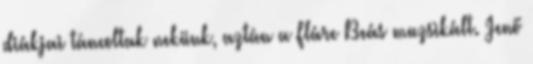
diákjai táncoltak nekünk, aztán a Fláre Beás muzsikált. Jenő